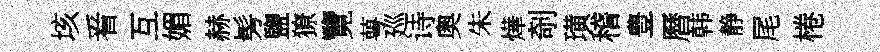
垓㸔互媚赫髣鹽獠覽萼廵诗奥朱燁剞璜稽豊曆韩静尾棬